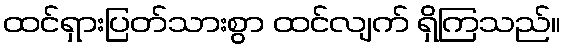
ထင်ရှားပြတ်သားစွာ ထင်လျက် ရှိကြသည်။